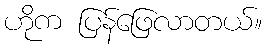
ဟိုက ပြန်ဖြေလာတယ်။